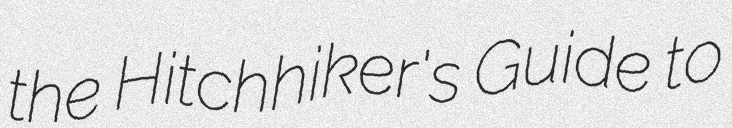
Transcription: the Hitchhiker's Guide to